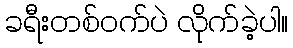
ခရီးတစ်ဝက်ပဲ လိုက်ခဲ့ပါ။